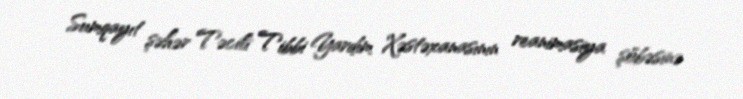
Sumqayıt şəhər Təcili Tibbi Yardım Xəstəxanasının reanimasiya şöbəsinə